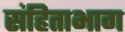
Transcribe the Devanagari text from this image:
संहिताभाग